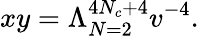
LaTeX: xy=\Lambda_{N=2}^{4N_{c}+4}v^{-4}.